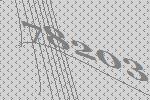
78203